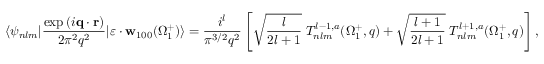
\langle \psi _ { n l m } | \frac { \exp { ( i \mathbf { q } \cdot \mathbf { r } ) } } { 2 \pi ^ { 2 } q ^ { 2 } } | \boldsymbol { \varepsilon } \cdot { \mathbf { w } } _ { 1 0 0 } ( \Omega _ { 1 } ^ { + } ) \rangle = \frac { i ^ { l } } { { \pi } ^ { 3 / 2 } q ^ { 2 } } \left[ \sqrt { \frac { l } { 2 l + 1 } } \; { \cal T } _ { n l m } ^ { l - 1 , a } ( \Omega _ { 1 } ^ { + } , q ) + \sqrt { \frac { l + 1 } { 2 l + 1 } } \; { \cal T } _ { n l m } ^ { l + 1 , a } ( \Omega _ { 1 } ^ { + } , q ) \right] ,